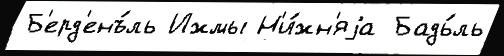
Б'ерд'енъ́ль Ижмы Н'и́жн'яjа Бадь́ль